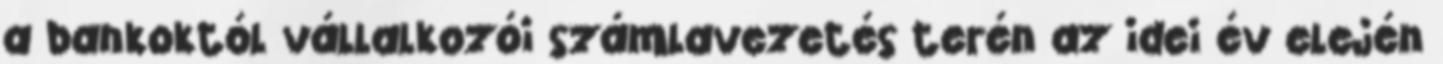
a bankoktól vállalkozói számlavezetés terén az idei év elején